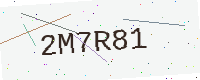
Text: 2M7R81